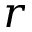
r